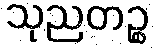
သုညတဉ္စ